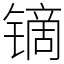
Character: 镝